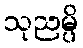
သုညမ္ပိ